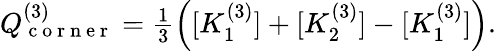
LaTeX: \begin{array}{r}{Q_{\mathrm{~c~o~r~n~e~r~}}^{(3)}=\frac{1}{3}\left([K_{1}^{(3)}]+[K_{2}^{(3)}]-[K_{1}^{(3)}]\right).}\end{array}